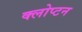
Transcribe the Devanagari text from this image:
क्लोप्टन